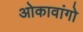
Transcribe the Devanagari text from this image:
ओकावांगो